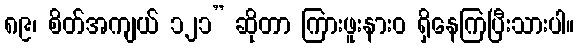
၈၉၊ စိတ်အကျယ် ၁၂၁” ဆိုတာ ကြားဖူးနားဝ ရှိနေကြပြီးသားပါ။